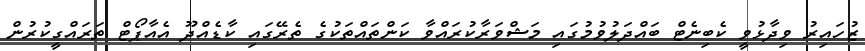
ޒުހައިރު ވިދާޅުވީ ކެބިނެޓް ބައްދަލުވުމުގައި މަޝްވަރާކުރައްވާ ކަންތައްތަކުގެ ތެރޭގައި ކާޑެއްދޫ އެއާޕޯޓް ތަރައްގީކުރުން